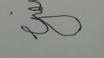
Signature authenticity: forged